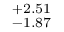
^ { + 2 . 5 1 } _ { - 1 . 8 7 }